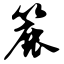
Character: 簏